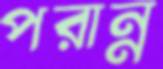
পরান্ন